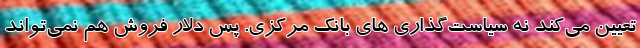
تعیین می‌کند نه سیاست‌گذاری های بانک مرکزی. پس دلار فروش هم نمی‌تواند